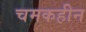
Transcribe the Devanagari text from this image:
चमकहीन